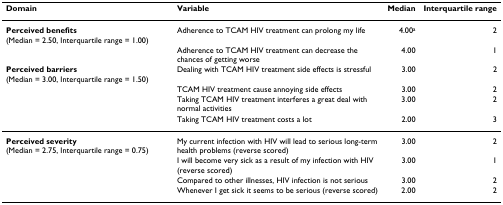
<table><thead><tr><td><b>Domain</b></td><td><b>Variable</b></td><td><b>Median</b></td><td><b>Interquartile range</b></td></tr></thead><tbody><tr><td><b>Perceived benefits </b>(Median = 2.50, Interquartile range = 1.00)</td><td>Adherence to TCAM HIV treatment can prolong my life</td><td>4.00<sup>a</sup></td><td>2</td></tr><tr><td></td><td>Adherence to TCAM HIV treatment can decrease the chances of getting worse</td><td>4.00</td><td>1</td></tr><tr><td><b>Perceived barriers </b>(Median = 3.00, Interquartile range = 1.50)</td><td>Dealing with TCAM HIV treatment side effects is stressful</td><td>3.00</td><td>2</td></tr><tr><td></td><td>TCAM HIV treatment cause annoying side effects</td><td>3.00</td><td>2</td></tr><tr><td></td><td>Taking TCAM HIV treatment interferes a great deal with normal activities</td><td>3.00</td><td>2</td></tr><tr><td></td><td>Taking TCAM HIV treatment costs a lot</td><td>2.00</td><td>3</td></tr><tr><td><b>Perceived severity </b>(Median = 2.75, Interquartile range = 0.75)</td><td>My current infection with HIV will lead to serious long-term health problems (reverse scored)</td><td>3.00</td><td>2</td></tr><tr><td></td><td>I will become very sick as a result of my infection with HIV (reverse scored)</td><td>3.00</td><td>1</td></tr><tr><td></td><td>Compared to other illnesses, HIV infection is not serious</td><td>3.00</td><td>2</td></tr><tr><td></td><td>Whenever I get sick it seems to be serious (reverse scored)</td><td>2.00</td><td>2</td></tr></tbody></table>